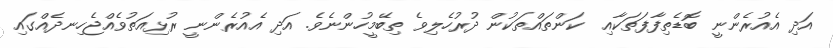
އަދި އެއުރެންނީ ބޮޑެތިފާފަތަކާއި  ކަންތައްތަކުން ދުރުހެލިވެ ތިބޭމީހުންނެވެ. އަދި އެއުރެންނީ ރުޅިއަތުވެއްޖެހިނދެއްގައި